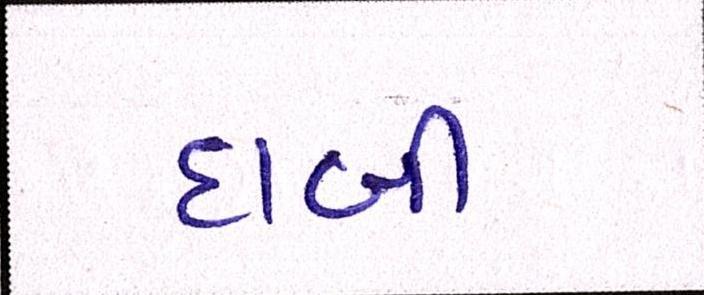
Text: દાબી